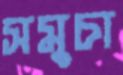
সমুচা